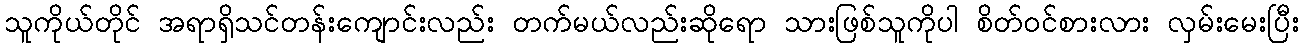
သူကိုယ်တိုင် အရာရှိသင်တန်းကျောင်းလည်း တက်မယ်လည်းဆိုရော သားဖြစ်သူကိုပါ စိတ်ဝင်စားလား လှမ်းမေးပြီး